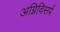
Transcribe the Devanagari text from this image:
अग्निविसर्प